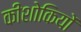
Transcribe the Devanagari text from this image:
कीशोकियों